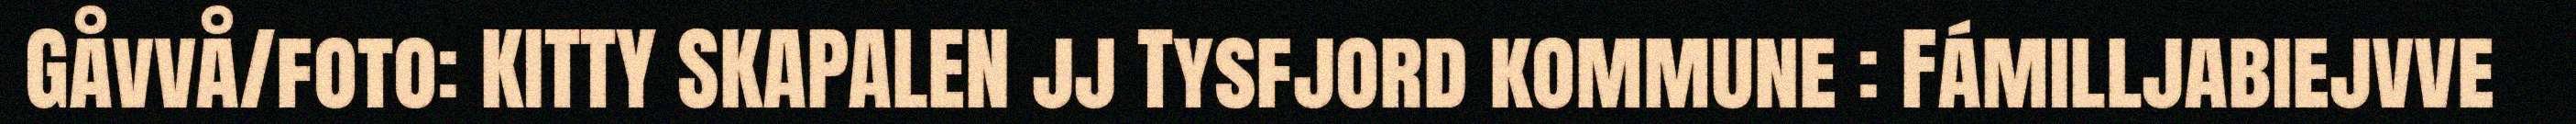
Gåvvå/foto: KITTY SKAPALEN jj Tysfjord kommune : Fámilljabiejvve